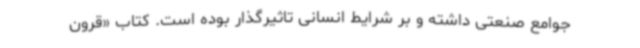
جوامع صنعتی داشته و بر شرایط انسانی تاثیرگذار بوده است. کتاب «قرون